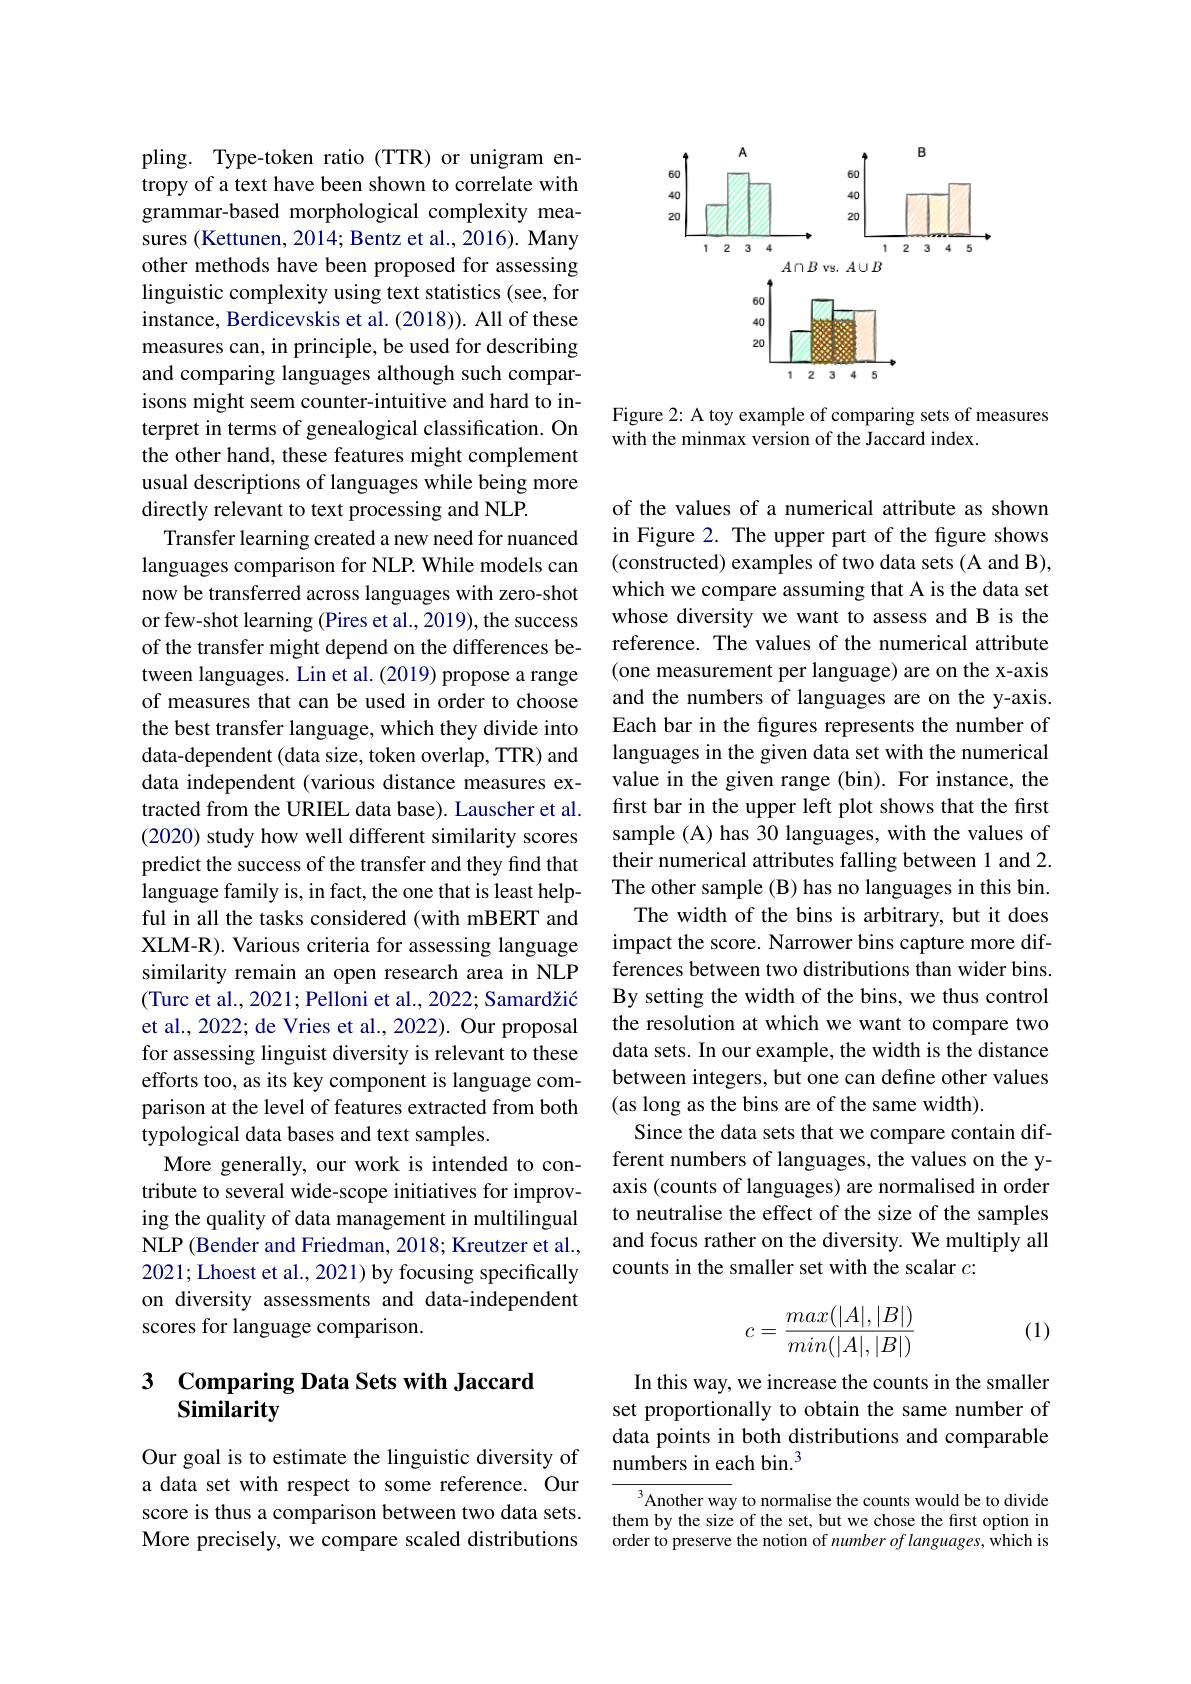
pling. Type-token ratio (TTR) or unigram entropy of a text have been shown to correlate with grammar-based morphological complexity measures (Kettunen, 2014; Bentz et al., 2016). Many other methods have been proposed for assessing linguistic complexity using text statistics (see, for instance, Berdicevskis et al. (2018)). All of these measures can, in principle, be used for describing and comparing languages although such comparisons might seem counter-intuitive and hard to interpret in terms of genealogical classification. On the other hand, these features might complement usual descriptions of languages while being more directly relevant to text processing and NLP.
Transfer learning created a new need for nuanced languages comparison for NLP. While models can now be transferred across languages with zero-shot or few-shot learning (Pires et al., 2019), the success of the transfer might depend on the differences between languages. Lin et al. (2019) propose a range of measures that can be used in order to choose the best transfer language, which they divide into data-dependent (data size, token overlap, TTR) and data independent (various distance measures extracted from the URIEL data base). Lauscher et al. (2020) study how well different similarity scores predict the success of the transfer and they find that language family is, in fact, the one that is least helpful in all the tasks considered (with mBERT and XLM-R). Various criteria for assessing language similarity remain an open research area in NLP (Turc et al., 2021; Pelloni et al., 2022; Samardžić et al., 2022; de Vries et al., 2022). Our proposal for assessing linguist diversity is relevant to these efforts too, as its key component is language comparison at the level of features extracted from both typological data bases and text samples.
More generally, our work is intended to contribute to several wide-scope initiatives for improving the quality of data management in multilingual NLP (Bender and Friedman, 2018; Kreutzer et al., 2021; Lhoest et al., 2021) by focusing specifically on diversity assessments and data-independent scores for language comparison.

# 3 Comparing Data Sets with Jaccard Similarity

Our goal is to estimate the linguistic diversity of a data set with respect to some reference. Our score is thus a comparison between two data sets. More precisely, we compare scaled distributions

<FigureHere>

Figure 2: A toy example of comparing sets of measures
with the minmax version of the Jaccard index.

of the values of a numerical attribute as shown in Figure 2. The upper part of the figure shows (constructed) examples of two data sets (A and B), which we compare assuming that A is the data set whose diversity we want to assess and B is the reference. The values of the numerical attribute (one measurement per language) are on the x-axis and the numbers of languages are on the y-axis. Each bar in the figures represents the number of languages in the given data set with the numerical value in the given range (bin). For instance, the first bar in the upper left plot shows that the first sample (A) has 30 languages, with the values of their numerical attributes falling between 1 and 2. The other sample (B) has no languages in this bin.
The width of the bins is arbitrary, but it does impact the score. Narrower bins capture more differences between two distributions than wider bins. By setting the width of the bins, we thus control the resolution at which we want to compare two data sets. In our example, the width is the distance between integers, but one can define other values (as long as the bins are of the same width).
Since the data sets that we compare contain different numbers of languages, the values on the yaxis (counts of languages) are normalised in order to neutralise the effect of the size of the samples and focus rather on the diversity. We multiply all counts in the smaller set with the scalar $c:$
$$c=\frac{max(|A|,|B|)}{min(|A|,|B|)}$$
(1)

In this way, we increase the counts in the smaller set proportionally to obtain the same number of data points in both distributions and comparable numbers in each bin.$^{3}$

${^{3}\text{Another way to normalise the counts would be to divide}}$ them by the size of the set, but we chose the first option in order to preserve the notion of number of languages, which is